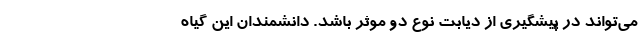
می‌تواند در پیشگیری از دیابت نوع دو موثر باشد. دانشمندان این گیاه